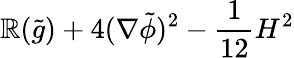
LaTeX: \mathbb{R}(\tilde{{g}})+4(\nabla\tilde{{\phi}})^{2}-{\frac{{1}}{{12}}}H^{2}